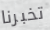
تخبرنا